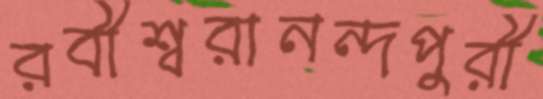
রবীশ্বরানন্দপুরী